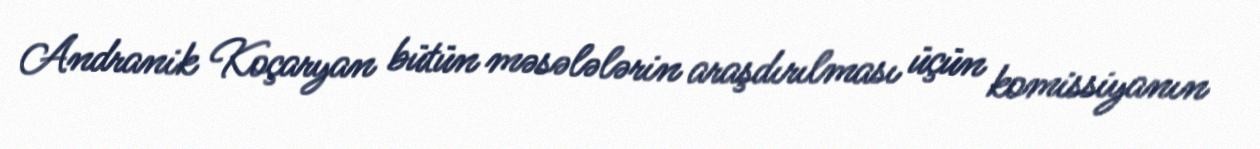
Andranik Koçaryan bütün məsələlərin araşdırılması üçün komissiyanın